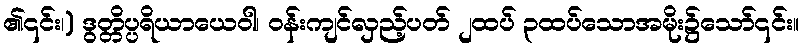
၏၎င်း၊) ဒွတ္တိပ္ပရိယာယေဝါ၊ ဝန်းကျင်လှည့်ပတ် ၂ထပ် ၃ထပ်သောအမိုး၌သော်၎င်း။